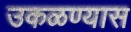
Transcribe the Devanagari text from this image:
उकळण्यास